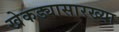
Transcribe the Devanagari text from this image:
खेकड्यासारख्या